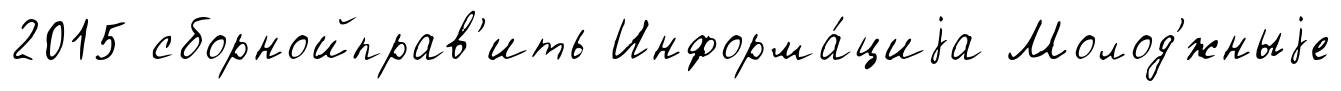
2015 сборнойправ'ить Информа́циjа Молод'́жныjе